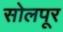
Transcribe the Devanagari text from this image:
सोलपूर